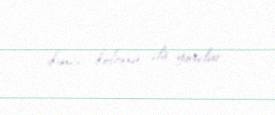
ikinci kolonu da yoxdur.